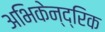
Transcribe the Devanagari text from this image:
अभिकेन्द्रिक